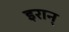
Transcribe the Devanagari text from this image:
इरान्